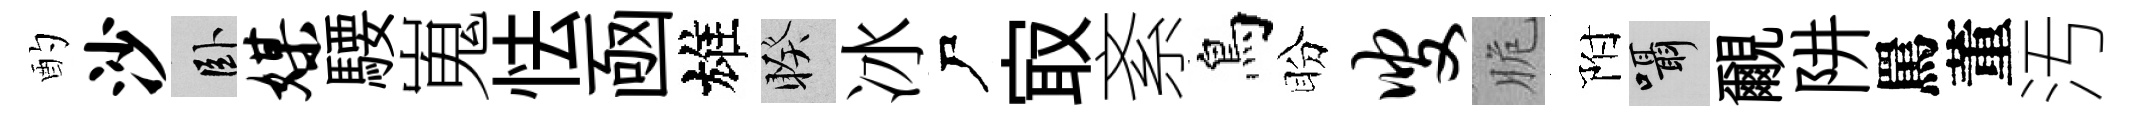
酌沙卧媒騕嵬怯凾雄睽冰尸㝡紊鳥盼叟脆附囁覼阱罵董汚